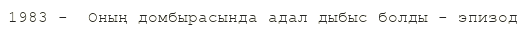
1983 -  Оның домбырасында адал дыбыс болды - эпизод